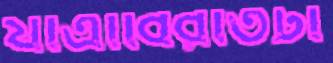
যাত্রাবিরতিটা